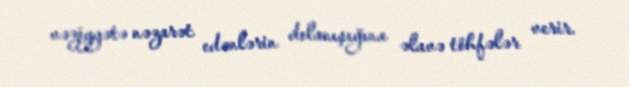
vəziyyətə nəzarət edənlərin dolanışığına əlavə töhfələr verir.